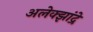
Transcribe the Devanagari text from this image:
अलेक्झांद्रे